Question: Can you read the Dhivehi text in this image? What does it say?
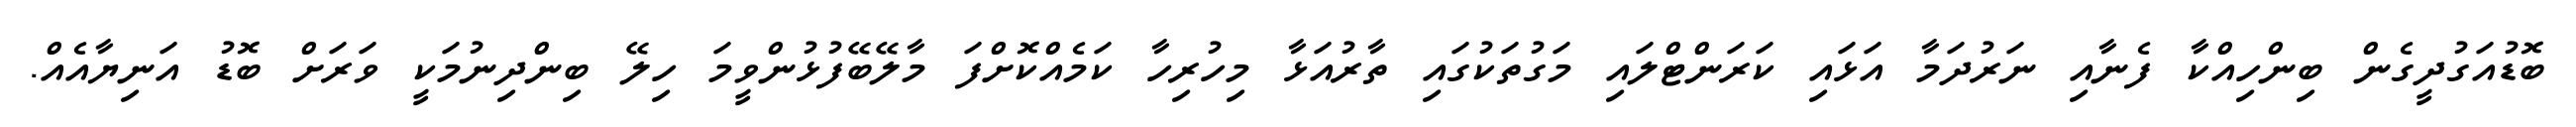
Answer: ބޮޑުއަގުދީގެން ބިންހިއްކާ ފެނާއި ނަރުދަމާ އަޅައި ކަރަންޓްލައި މަގުތަކުގައި ތާރުއަޅާ މިހުރިހާ ކަމެއްކޮށްފަ މާލޭބޭފުޅުންވީމަ ހިލޭ ބިންދިނުމަކީ ވަރަށް ބޮޑު އަނިޔާއެއް.